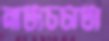
নাট্যচর্চাটা